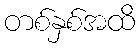
တစ်နှစ်အထိ